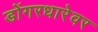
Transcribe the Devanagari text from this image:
डोंगरधारेवर